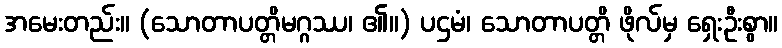
အမေးတည်း။ (သောတာပတ္တိမဂ္ဂဿ၊ ၏။) ပဌမံ၊ သောတာပတ္တိ ဖိုလ်မှ ရှေးဦးစွာ။